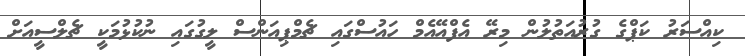
ކިއްސަރު ކަޕްގެ ގުރުއަތުލުން މިރޭ އެފްއޭއެމް ހައުސްގައި ޗެމްޕިއަންސް ލީގުގައި ނުކުޅުމަކީ ޗެލްސީއަށް